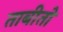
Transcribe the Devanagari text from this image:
ताबीतो